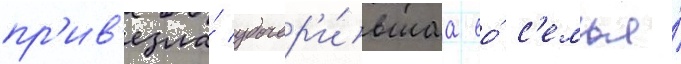
пр'ив'езла́ удочер'и́вшаа ео́ с'емья́